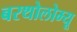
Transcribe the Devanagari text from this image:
बरथोलोम्यू